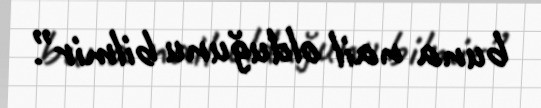
buna nail olduğunu bilmir”.